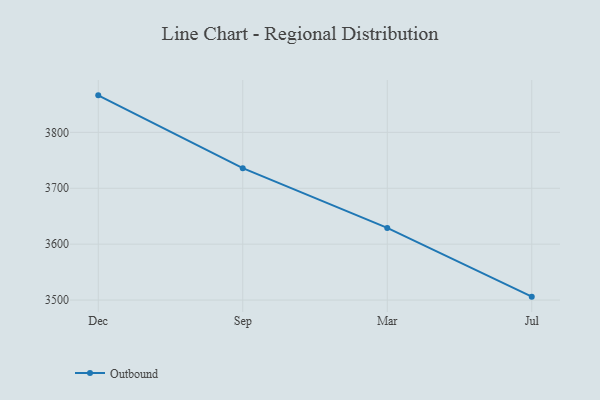
{"axis": {"x": "Month", "y": "Budget (USD K)"}, "legend": ["Outbound"], "data": [{"x": "Dec", "y": 3866.2, "type": "Outbound"}, {"x": "Sep", "y": 3736.0, "type": "Outbound"}, {"x": "Mar", "y": 3629.1, "type": "Outbound"}, {"x": "Jul", "y": 3506.1, "type": "Outbound"}]}